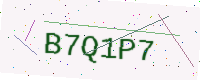
Text: B7Q1P7